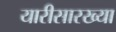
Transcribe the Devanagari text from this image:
यारीसारख्या